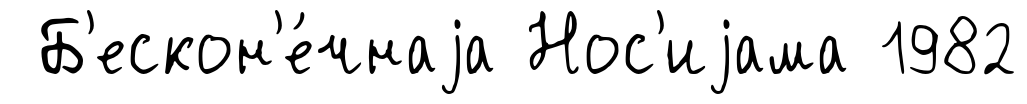
Б'ескон'е́чнаjа Нос'иjама 1982